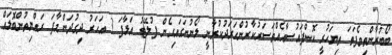
ބޯބުރާންތިވެފަތަ ތިޔަހުރީ ކޮންފައުސާއެއްތަސަރުކާރުންހަރަދުކުރާނީ ލޯނުނަގައިގެން ފުލޭޓު އަޅާފަ 3 އަހަރު ދިގުދަންމާފަ ރައްޔިތުންބޮލައް